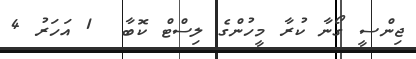
ޖިންސީ ގޯނާ ކުރާ މީހުންގެ ލިސްޓް ކޮބާ  1 އަހަރު 4